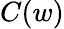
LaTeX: C(w)